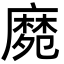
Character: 𪎛